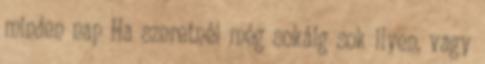
minden nap Ha szeretnél még sokáig sok ilyen, vagy